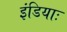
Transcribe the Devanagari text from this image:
इंडियाः